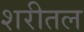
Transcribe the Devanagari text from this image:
शरीतल